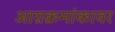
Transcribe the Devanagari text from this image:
आग्रक्रमांकावर